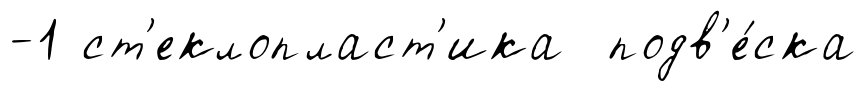
-1 ст'еклопласт'ика подв'е́ска